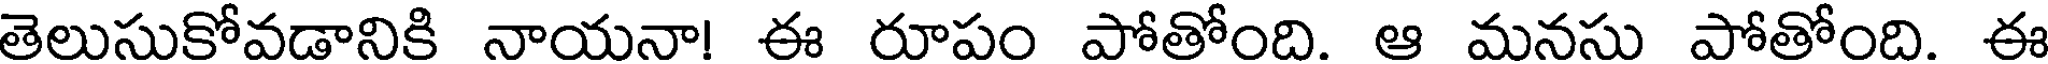
తెలుసుకోవడానికి నాయనా! ఈ రూపం పోతోంది. ఆ మనసు పోతోంది. ఈ